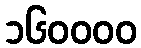
၁၆၀၀၀၀